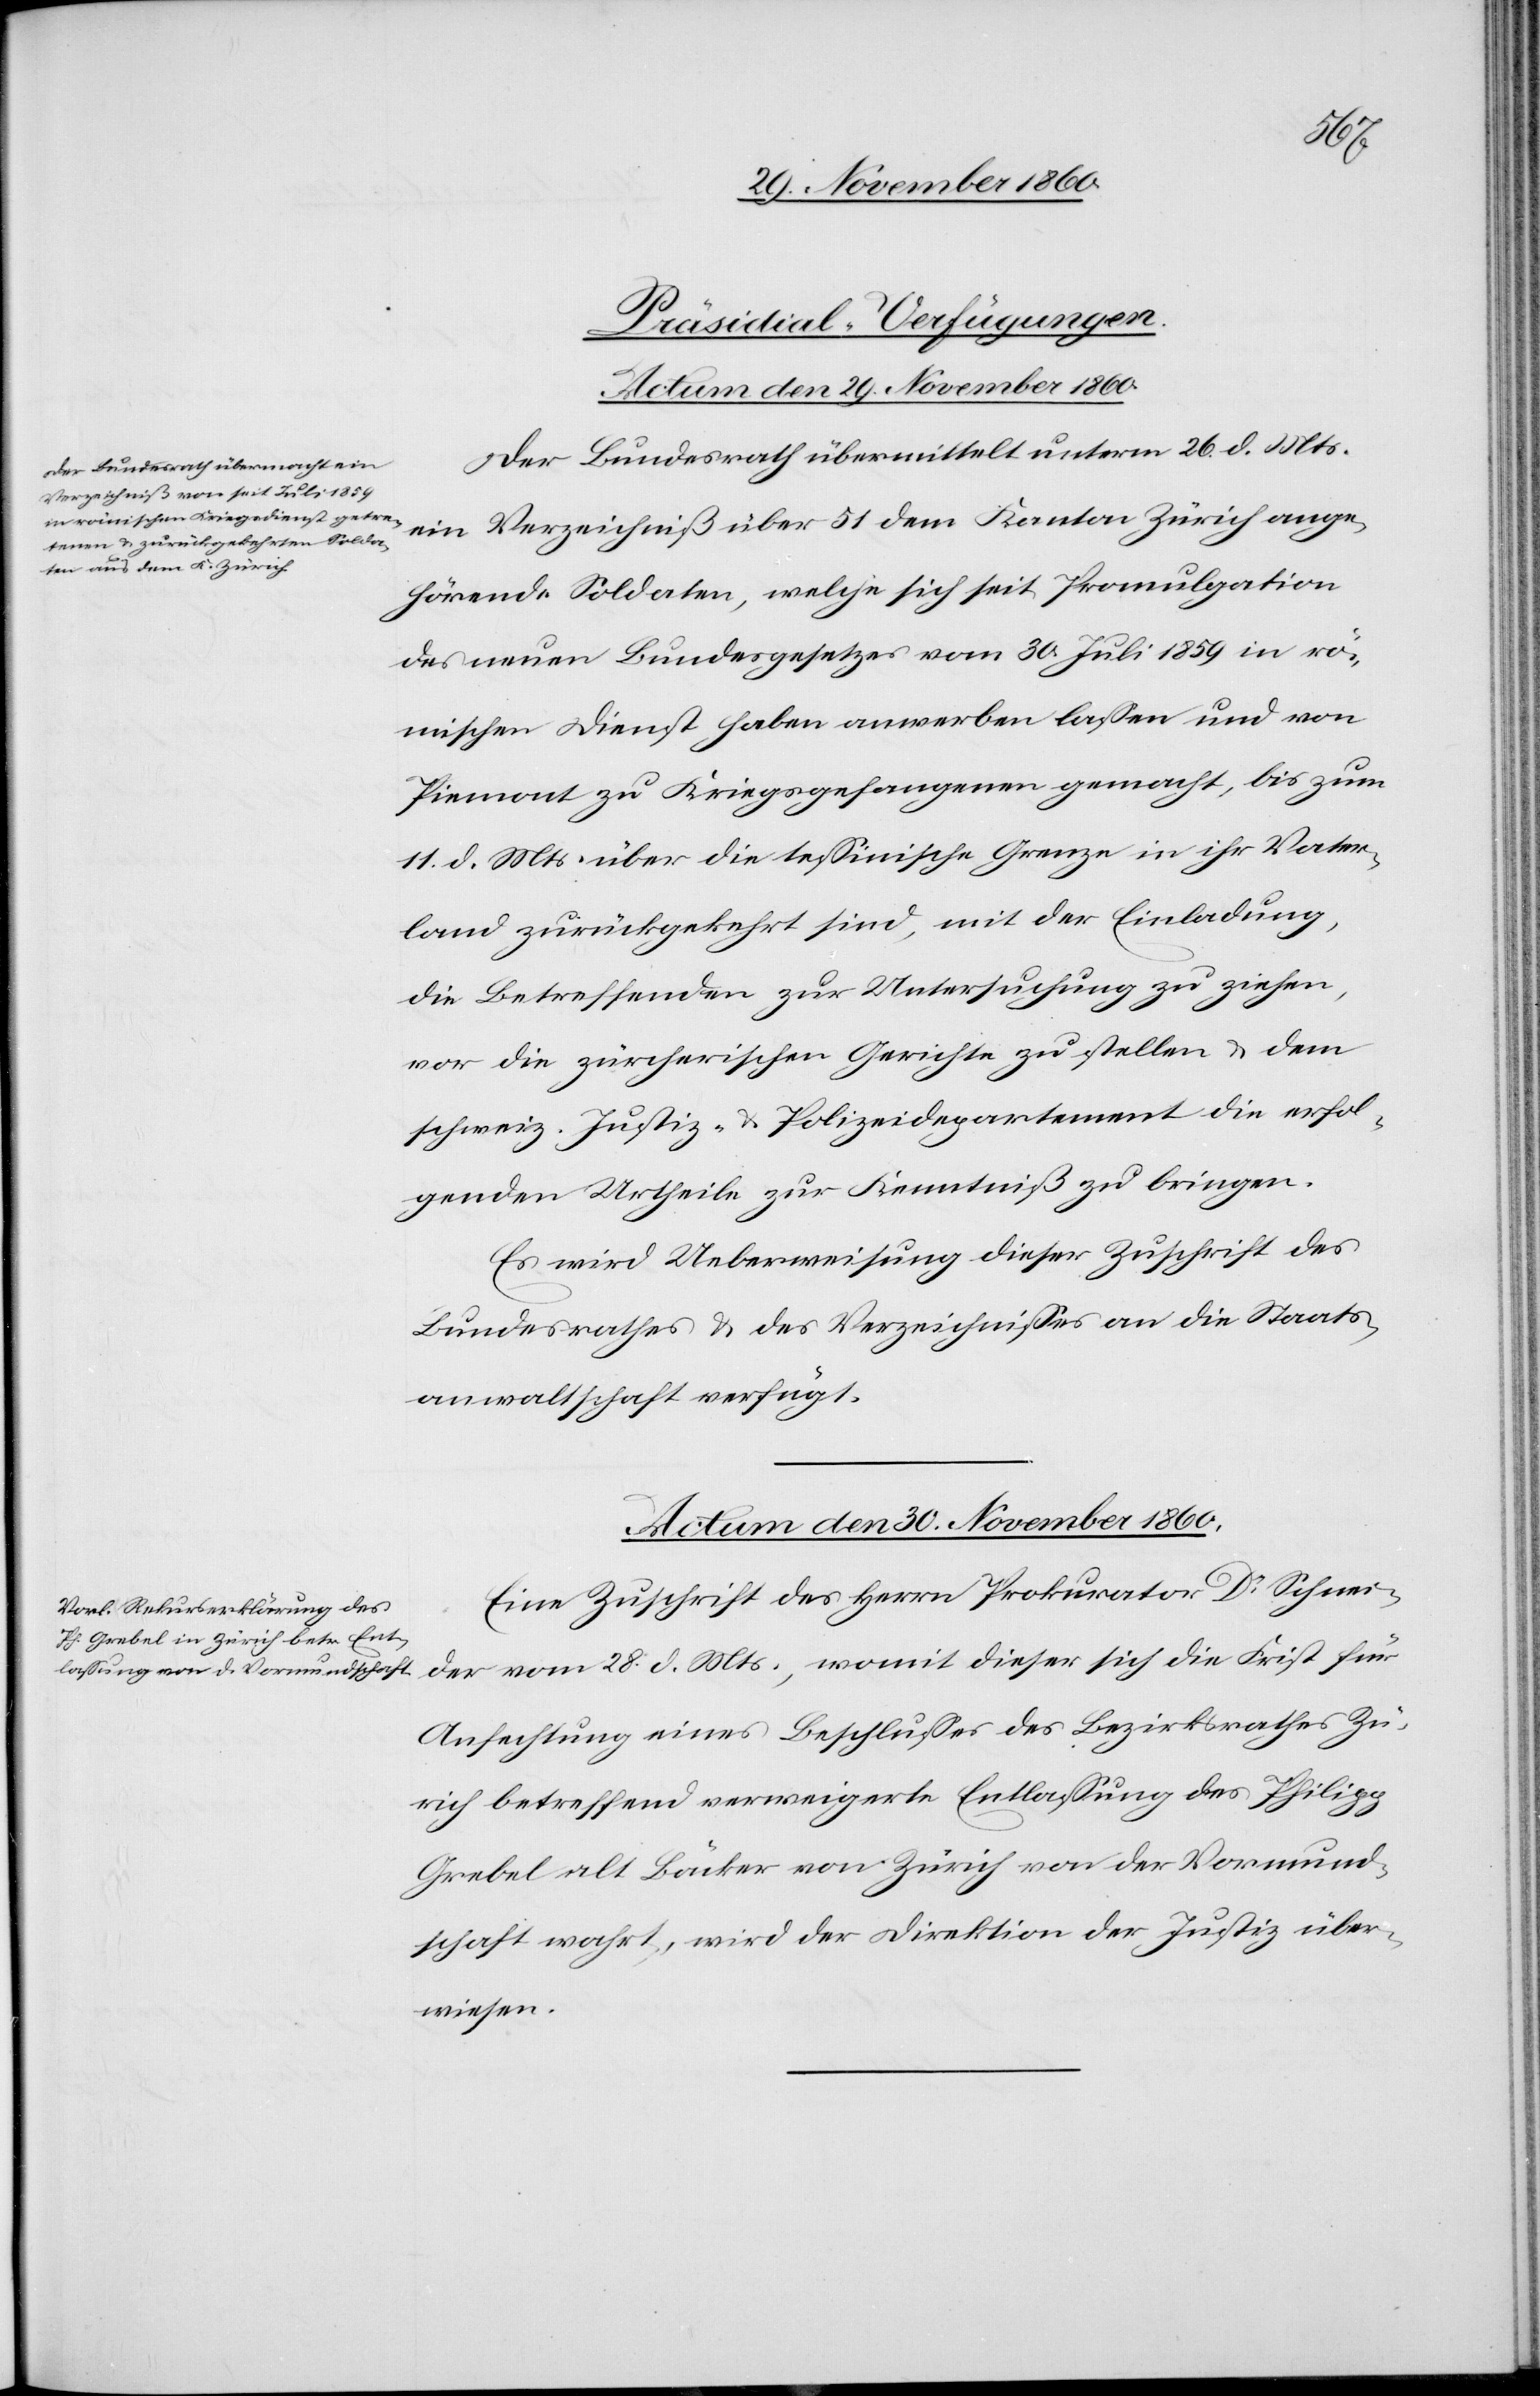
[Präsidial-Verfügungen.]
Actum den 29. November 1860.
Der Bezirksrath übermittelt unterm 26. d. Mts.
ein Verzeichniß über 51 dem Kanton Zürich ange¬
hörende Soldaten, welche sich seit Promulgation
des neuen Bundesgesetzes vom 30. Juli 1859 in rö¬
mischen Dienst haben anwerben lassen und von
Piemont zu Kriegsgefangenen gemacht, bis zum
11. d. Mts. über die tessinische Grenze in ihr Vater¬
land zurückgekehrt sind, mit der Einladung,
die Betreffenden zur Untersuchung zu ziehen,
vor die zürcherischen Gerichte zu stellen u. dem
schweiz. Justiz- u. Polizeidepartement die erfol¬
genden Urtheile zur Kenntniß zu bringen.
Es wird Ueberweisung dieser Zuschrift des
Bundesrathes u. des Verzeichnisses an die Staats¬
anwaltschaft verfügt.
Actum den 30. November 1860.
Eine Zuschrift des Herrn Prokurator Dr Schnei¬
der vom 28. d. Mts., womit dieser sich die Frist für
Anfechtung eines Beschlusses des Bezirksrathes Zü¬
rich betreffend verweigerte Entlassung des Philipp
Grebel alt Bäcker von Zürich von der Vormund¬
schaft wahrt, wird der Direktion der Justiz über¬
wiesen.